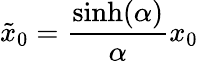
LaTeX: \tilde{x}_{0}=\frac{\sinh(\alpha)}{\alpha}x_{0}